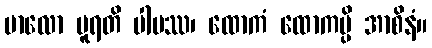
ဗာလော ပူရတိ ပါပဿ၊ ထောကံ ထောကမ္ပိ အာစိနံ။